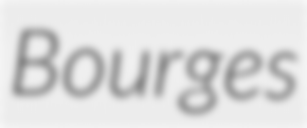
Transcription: Bourges